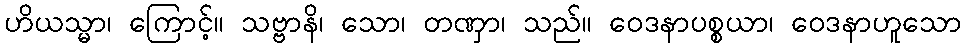
ဟိယသ္မာ၊ ကြောင့်။ သဗ္ဗာနိ၊ သော၊ တဏှာ၊ သည်။ ဝေဒနာပစ္စယာ၊ ဝေဒနာဟူသော